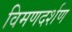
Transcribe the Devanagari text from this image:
विमणदर्शण